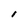
Character: I